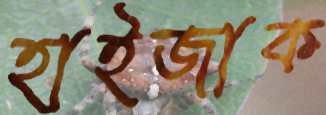
হাইজাক